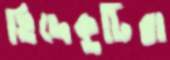
হিদেকুটিরা